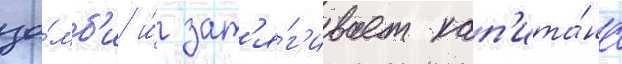
зо́мб'и и́ зат'я́г'ивает кап'ита́на